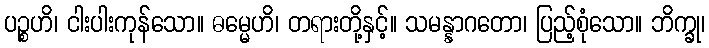
ပဉ္စဟိ၊ ငါးပါးကုန်သော။ ဓမ္မေဟိ၊ တရားတို့နှင့်။ သမန္နာဂတော၊ ပြည့်စုံသော။ ဘိက္ခု၊